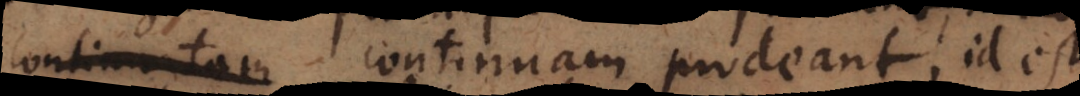
continuatam continuam prodeant, id est